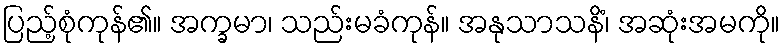
ပြည့်စုံကုန်၏။ အက္ခမာ၊ သည်းမခံကုန်။ အနုသာသနိံ၊ အဆုံးအမကို။